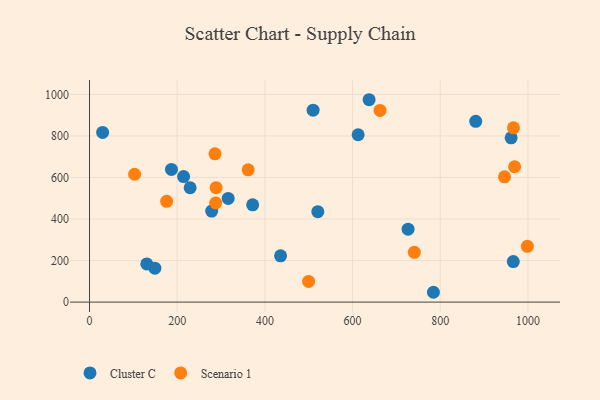
{"axis": {"x": "Price", "y": "Sales"}, "legend": ["Cluster C", "Scenario 1"], "data": [{"x": "510.0", "y": 923.8, "type": "Cluster C"}, {"x": "435.8", "y": 222.8, "type": "Cluster C"}, {"x": "880.9", "y": 870.4, "type": "Cluster C"}, {"x": "214.6", "y": 604.4, "type": "Cluster C"}, {"x": "29.9", "y": 817.1, "type": "Cluster C"}, {"x": "637.7", "y": 974.3, "type": "Cluster C"}, {"x": "784.4", "y": 47.3, "type": "Cluster C"}, {"x": "726.6", "y": 350.9, "type": "Cluster C"}, {"x": "612.7", "y": 805.7, "type": "Cluster C"}, {"x": "186.9", "y": 638.7, "type": "Cluster C"}, {"x": "966.6", "y": 195.3, "type": "Cluster C"}, {"x": "372.1", "y": 468.5, "type": "Cluster C"}, {"x": "316.3", "y": 499.3, "type": "Cluster C"}, {"x": "520.7", "y": 435.5, "type": "Cluster C"}, {"x": "149.1", "y": 163.3, "type": "Cluster C"}, {"x": "130.6", "y": 183.9, "type": "Cluster C"}, {"x": "278.7", "y": 438.0, "type": "Cluster C"}, {"x": "961.7", "y": 790.9, "type": "Cluster C"}, {"x": "229.5", "y": 550.5, "type": "Cluster C"}, {"x": "176.0", "y": 485.4, "type": "Scenario 1"}, {"x": "102.9", "y": 615.6, "type": "Scenario 1"}, {"x": "286.2", "y": 713.9, "type": "Scenario 1"}, {"x": "499.7", "y": 99.3, "type": "Scenario 1"}, {"x": "967.0", "y": 839.0, "type": "Scenario 1"}, {"x": "287.8", "y": 477.0, "type": "Scenario 1"}, {"x": "946.6", "y": 603.0, "type": "Scenario 1"}, {"x": "361.9", "y": 637.0, "type": "Scenario 1"}, {"x": "662.6", "y": 923.0, "type": "Scenario 1"}, {"x": "288.8", "y": 550.9, "type": "Scenario 1"}, {"x": "740.8", "y": 239.8, "type": "Scenario 1"}, {"x": "998.7", "y": 268.4, "type": "Scenario 1"}, {"x": "969.6", "y": 651.6, "type": "Scenario 1"}]}